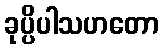
ခုပ္ပိပါသဟတော